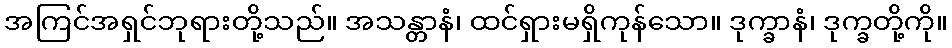
အကြင်အရှင်ဘုရားတို့သည်။ အသန္တာနံ၊ ထင်ရှားမရှိကုန်သော။ ဒုက္ခာနံ၊ ဒုက္ခတို့ကို။